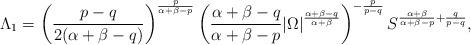
LaTeX: \begin{align*}\Lambda_1=\left(\frac{p-q}{2(\alpha+\beta-q)} \right)^{\frac{p}{\alpha+\beta-p}}\left(\frac{ \alpha+\beta-q}{\alpha+\beta-p}|\Omega|^{\frac{\alpha+\beta-q}{\alpha+\beta}}\right)^{-\frac{p}{p-q}}S^{\frac{\alpha+\beta}{\alpha+\beta-p}+\frac{q}{p-q}},\end{align*}